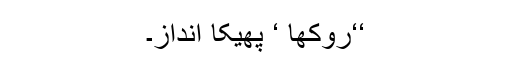
‘‘روکھا ‘ پھیکا انداز۔